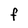
Character: f